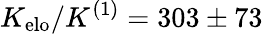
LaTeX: K_{\mathrm{elo}}/K^{(1)}=303\pm 73